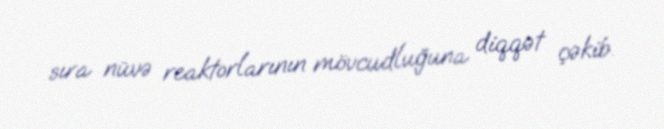
sıra nüvə reaktorlarının mövcudluğuna diqqət çəkib.